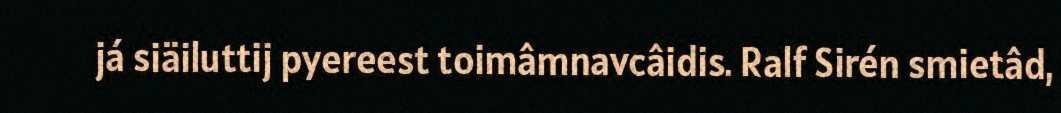
já siäiluttij pyereest toimâmnavcâidis. Ralf Sirén smietâd,